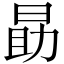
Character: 勗